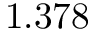
1 . 3 7 8